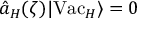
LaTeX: \hat { a } _ { H } ( \zeta ) \vert \mathrm { V a c } _ { H } \rangle = 0